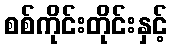
စစ်ကိုင်းတိုင်းနှင့်